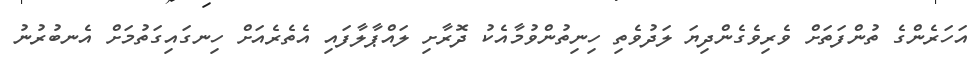
އަހަރެންގެ ތުންފަތަށް ވެރިވެގެންދިޔަ ލަދުވެތި ހިނިތުންވުމާއެކު ދޮރާށި ލައްޕާލާފައި އެތެރެއަށް ހިނގައިގަތުމަށް އެނބުރުނު